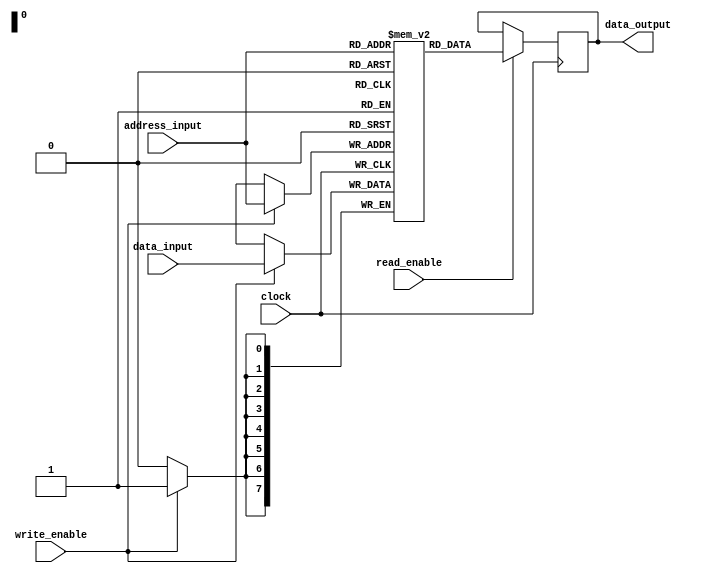
module SDRAM(
    input wire [7:0] data_input,
    input wire [7:0] address_input,
    input wire write_enable,
    input wire read_enable,
    input wire clock,
    output reg [7:0] data_output
);

reg [7:0] memory [0:255];

always @(posedge clock) begin
    if(write_enable) begin
        memory[address_input] <= data_input;
    end
    if(read_enable) begin
        data_output <= memory[address_input];
    end
end

endmodule